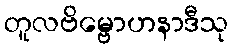
တူလဗိမ္ဗောဟနာဒီသု